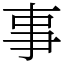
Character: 事